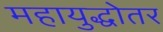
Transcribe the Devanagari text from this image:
महायुद्धोतर